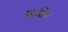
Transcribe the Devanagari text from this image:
चिहित